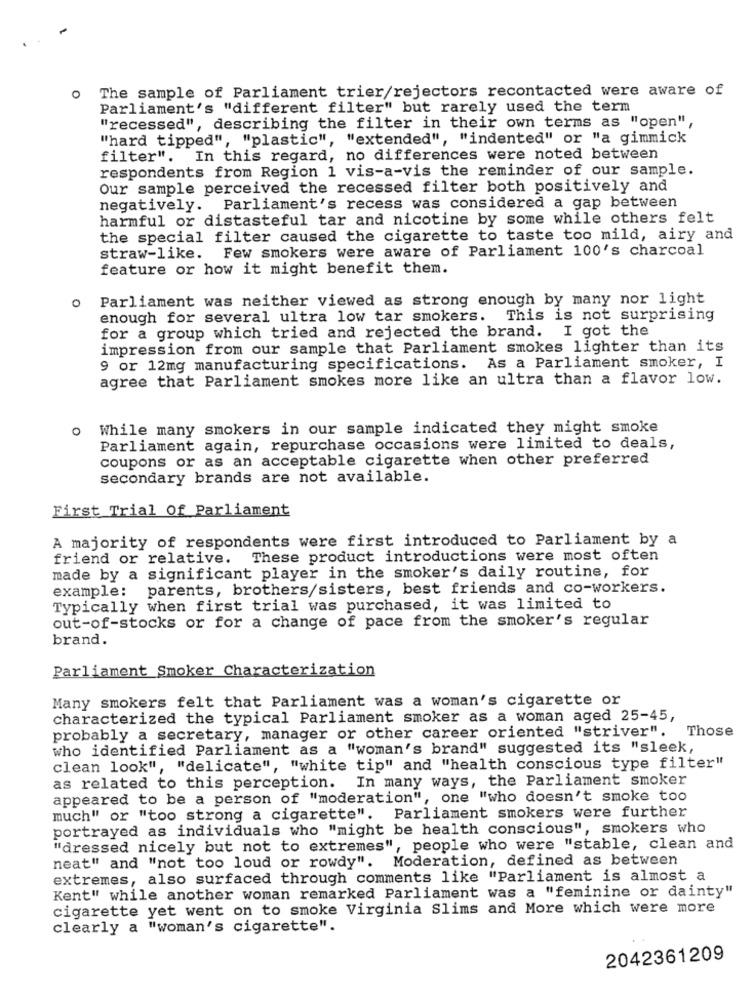
The sample of Parliament trier/rejectors recontacted were aware of
O
Parliament's "different filter" but rarely used the term
"recessed", describing the filter in their own terms as "open",
"hard tipped", "plastic", "extended", "indented" or "a gimmick
filter". In this regard, no differences were noted between
respondents from Region 1 vis-a-vis the reminder of our sample.
Our sample perceived the recessed filter both positively and
negatively. Parliament's recess was considered a gap between
harmful or distasteful tar and nicotine by some while others felt
the special filter caused the cigarette to taste too mild, airy and
Few smokers were aware of Parliament 100's charcoal
straw-like.
feature or how it might benefit them.
Parliament was neither viewed as strong enough by many nor light
0
enough for several ultra low tar smokers.
This is not surprising
for a group which tried and rejected the brand. I got the
impression from our sample that Parliament smokes lighter than its
9 or 12mg manufacturing specifications. As a Parliament smoker, I
agree that Parliament smokes more like an ultra than a flavor low.
O
While many smokers in our sample indicated they might smoke
Parliament again, repurchase occasions were limited to deals,
coupons or as an acceptable cigarette when other preferred
secondary brands are not available.
First Trial Of Parliament
A majority of respondents were first introduced to Parliament by a
friend or relative.
These product introductions were most often
made by a significant player in the smoker's daily routine, for
example: parents, brothers/sisters, best friends and co-workers.
Typically when first trial was purchased, it was limited to
out-of-stocks or for a change of pace from the smoker's regular
brand.
Parliament Smoker Characterization
Many smokers felt that Parliament was a woman's cigarette or
characterized the typical Parliament smoker as a woman aged 25-45,
probably a secretary, manager or other career oriented "striver". Those
who identified Parliament as a "woman's brand" suggested its "sleek,
clean look", "delicate", "white tip" and "health conscious type filter"
as related to this perception. In many ways, the Parliament smoker
appeared to be a person of "moderation", one "who doesn't smoke too
much" or "too strong a cigarette". Parliament smokers were further
portrayed as individuals who "might be health conscious", smokers who
"dressed nicely but not to extremes", people who were "stable, clean and
neat" and "not too loud or rowdy". Moderation, defined as between
extremes, also surfaced through comments like "Parliament is almost a
Kent" while another woman remarked Parliament was a "feminine or dainty"
cigarette yet went on to smoke Virginia Slims and More which were more
clearly a "woman's cigarette".
2042361209